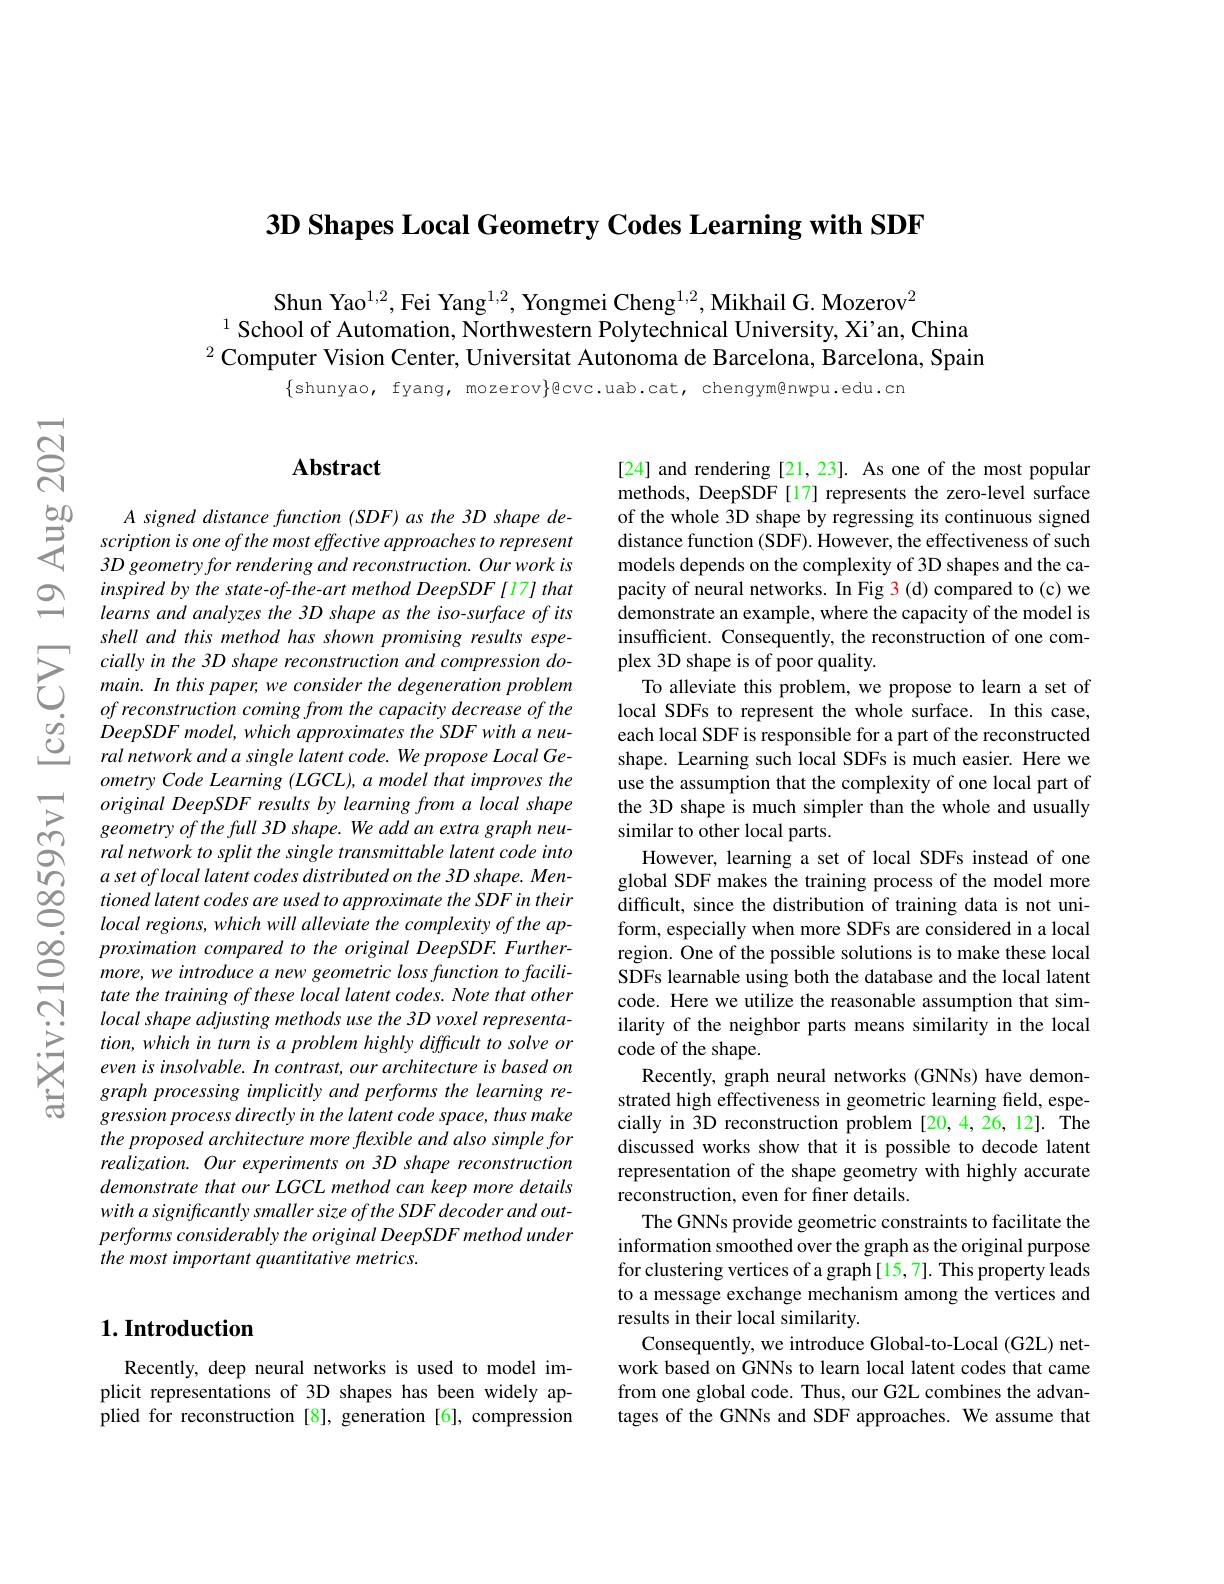
$3\textbf{D Shapes Local Geometry Codes Learning with SDF}$

Shun Yao$^1,2$,Fei Yang$^1,2$, Yongmei Cheng$^1,2$,Mikhail G. Mozerov$^2$
$^{1}$ School of Automation, Northwestern Polytechnical University, Xi'an, China $^2$Computer Vision Center, Universitat Autonoma de Barcelona, Barcelona, Spain

$\{$shunyao, fyang, mozerov$\}$@cvc.uab.cat, chengym@nwpu.edu.cn

$নু$

$으$

## $\mathbf{Abstract}$

$\begin{array}{ccc}{50}&{A\:signed\:distance\:function\:(SDF)\:as\:the\:3D\:shape\:de-\\{5}}{scription\:is\:one\:ofthe\:most\:effective\:approaches\:to\:represent}\\{3D\:geometry\:for\:rendering\:and\:reconstruction.\:Our\:work\:is}\end{array} $
inspired by the state-of-the-art method DeepSDF[17] that learns and analyzes the 3D shape as the iso-surface of its shell and this method has shown promising results espe-
$\sum_{\begin{array}{ccc}&cially~in~the~3D~shape~reconstruction~and~compression~do-\\&main.~In~this~paper,~we~consider~the~degeneration~problem}\\&of~reconstruction~coming~from~the~capacity~decrease~of~the\end{array}$ $\begin{array}{lll}{}of\text{ reconstruction coming from the capa}\end{array}$
ometry Code Learning (LGCL), a model that improves the $original\textit{ DeepSDF results by learning from a local shape}$ geometry of the full 3D shape. We add an extra graph neural network to split the single transmittable latent code into a set oflocal latent codes distributed on the 3D shape. Men-
$\begin{array}{ccc}\infty&tioned\:latent\:codes\:are\:used\:to\:approximate\:the\:SDF\:in\:their\\0&local\:regions,\:which\:will\:alleviate\:the\:complexity\:of\:the\:ap-\end{array}$
proximation compared to the original DeepSDF. Furthermore, we introduce a new geometric loss function to facilitate the training of these local latent codes. Note that other local shape adjusting methods use the 3D voxel representation, which in turn is a problem highly difficult to solve or even is insolvable. In contrast, our architecture is based on graph processing implicitly and performs the learning regression process directly in the latent code space, thus make the proposed architecture more flexible and also simple for realization. Our experiments on 3D shape reconstruction demonstrate that our LGCL method can keep more details with a significantly smaller size of the SDF decoder and outperforms considerably the original DeepSDF method under the most important quantitative metrics.

## $1. \textbf{Introduction}$

Recently, deep neural networks is used to model implicit representations of 3D shapes has been widely applied for reconstruction [8], generation [6], compression

[24] and rendering [21,23]. As one of the most popular methods, DeepSDF[17] represents the zero-level surface of the whole 3D shape by regressing its continuous signed distance function (SDF). However, the effectiveness of such models depends on the complexity of 3D shapes and the capacity of neural networks. In Fig 3(d) compared to(c) we demonstrate an example, where the capacity of the model is insufficient. Consequently, the reconstruction of one complex 3D shape is of poor quality.
To alleviate this problem, we propose to learn a set of local SDFs to represent the whole surface. In this case, each local SDF is responsible for a part of the reconstructed shape. Learning such local SDFs is much easier. Here we use the assumption that the complexity of one local part of the 3D shape is much simpler than the whole and usually similar to other local parts.
However, learning a set of local SDFs instead of one global SDF makes the training process of the model more difficult, since the distribution of training data is not uniform, especially when more SDFs are considered in a local region. One of the possible solutions is to make these local SDFs learnable using both the database and the local latent code. Here we utilize the reasonable assumption that similarity of the neighbor parts means similarity in the local code of the shape.
Recently, graph neural networks (GNNs) have demonstrated high effectiveness in geometric learning field, especially in 3D reconstruction problem [20,4,26,12]. The discussed works show that it is possible to decode latent representation of the shape geometry with highly accurate reconstruction, even for finer details.
The GNNs provide geometric constraints to facilitate the information smoothed over the graph as the original purpose for clustering vertices of a graph [15,7]. This property leads to a message exchange mechanism among the vertices and results in their local similarity.
Consequently, we introduce Global-to-Local (G2L) network based on GNNs to learn local latent codes that came from one global code. Thus, our G2L combines the advantages of the GNNs and SDF approaches. We assume that